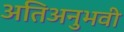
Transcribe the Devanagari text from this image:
अतिअनुभवी